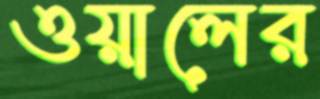
ওয়ালের